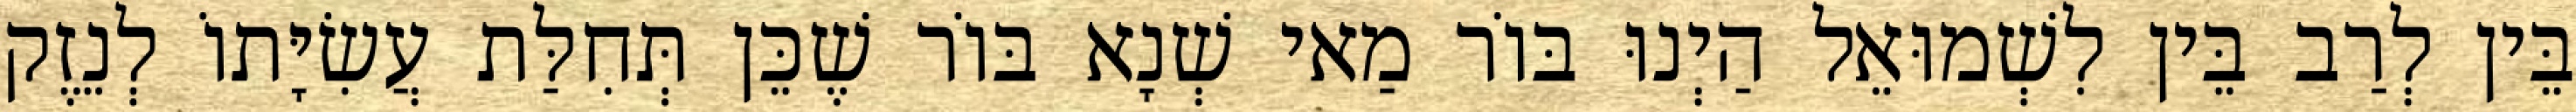
בֵּין לְרַב בֵּין לִשְׁמוּאֵל הַיְנוּ בּוֹר מַאי שְׁנָא בּוֹר שֶׁכֵּן תְּחִלַּת עֲשִׂיָּתוֹ לְנֵזֶק